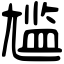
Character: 尴